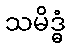
သမိဒ္ဓံ